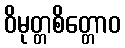
ဝိမုတ္တစိတ္တောဝ